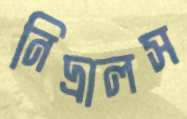
নিদ্রালস